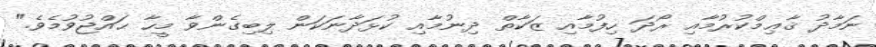
ނަމާދު ޤާޢިމްކުރުމާއި ރޯދަ ހިފުމާއި ޒަކާތް ދިނުމާއި ކުޅަދާނަކަން ލިބިގެންވާ މީހާ ޙައްޖުވުމެވެ."